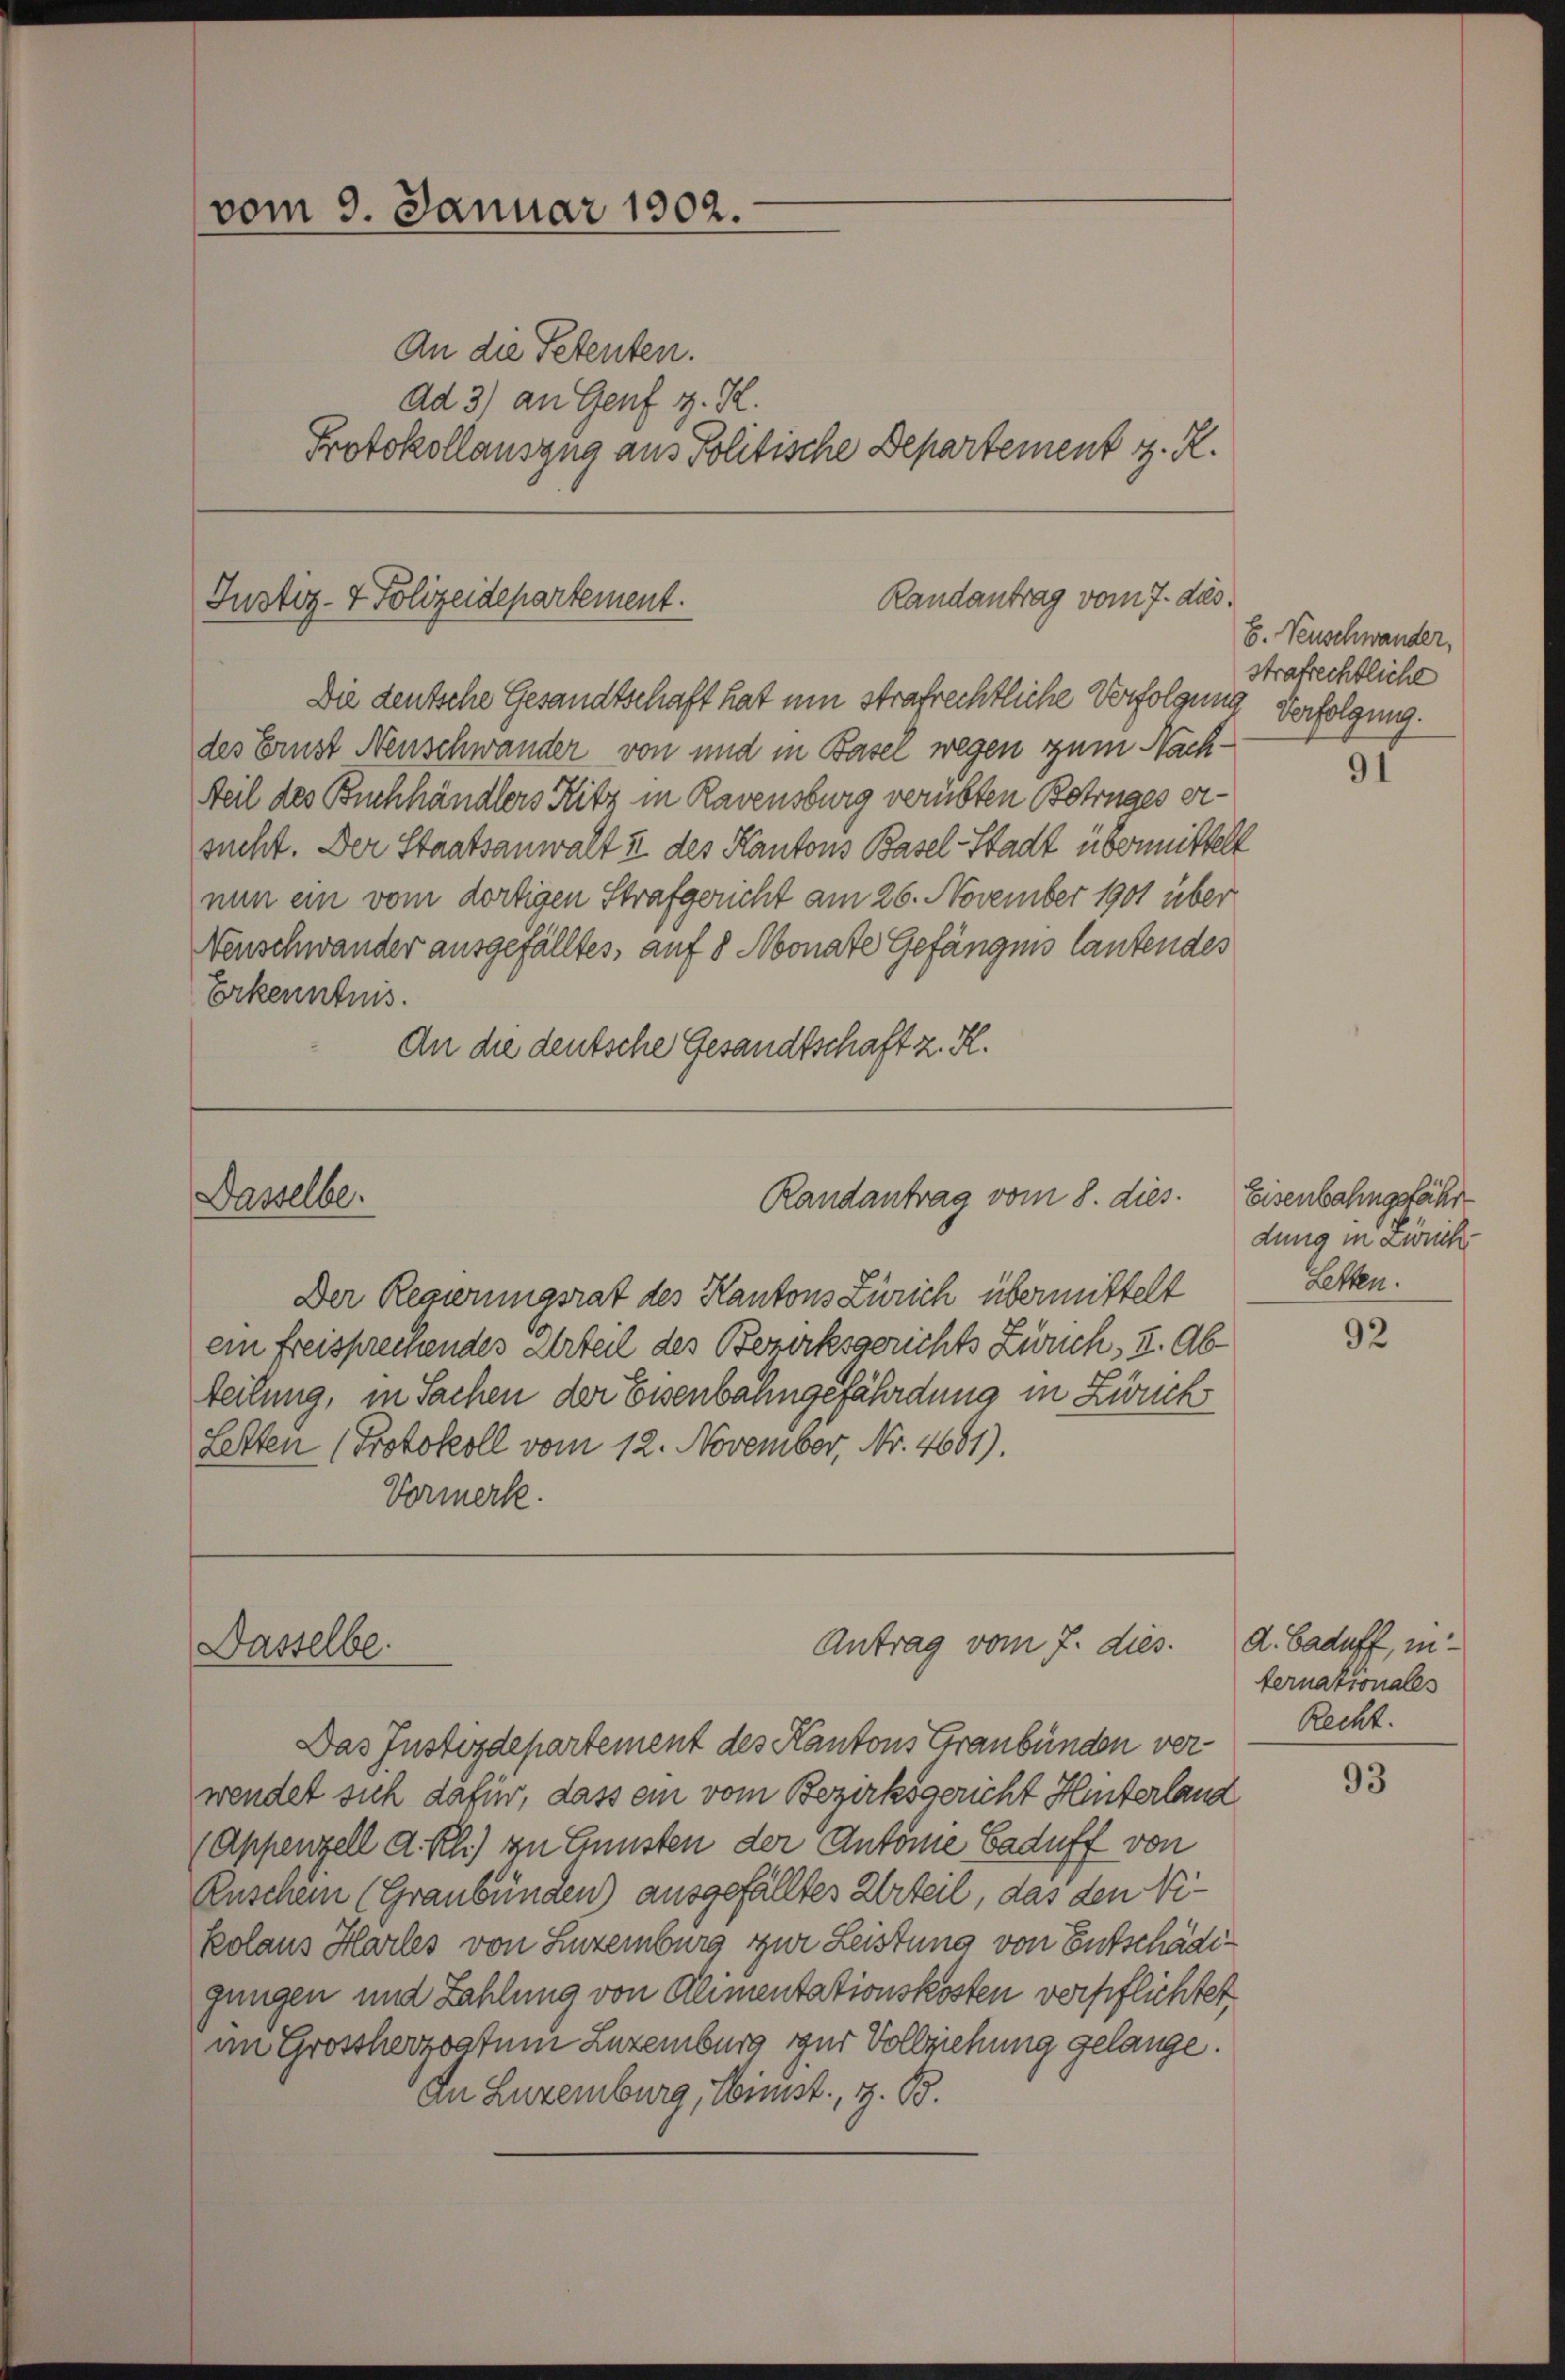
vom 9. Januar 1902.
An die Petenten.
ad 31 an Genf z. R.
Protokollauszug aus Politische Departement z. R.

Randantrag vom 7. dies
Justiz- & Polizeidepartement.

Randantrag vom 8. dies.
Dasselbe.

Antrag vom 7. dies.
Dasselbe.

Die deutsche Gesandtschaft hat um strafrechtliche Verfolgung Verfolgung.
des Ernst Neuschwander von und in Basel wegen zum Nach¬
Teil des Buchhändlers Ritz in Ravensburg verübten Betruges ersucht. Der Staatsanwalt & des Kantons Basel-Stadt übermittelt
nun ein vom dortigen Strafgericht am 26. November 1901 über
Neuschwander ausgefälltes, auf 8 Monate Gefängnis lautendes
Erkenntnis.
An die deutsche Gesandtschaft z. R.

Der Regierungsrat des Kantons Zürich übermittelt
ein freisprechendes Urteil des Bezirksgerichts Zürich, u. Abteilung, in Sachen der Eisenbahngefährdung in Zweck
Letten Protokoll vom 12. November, Nr. 4601).
Vormerk.

Das Justizdepartement des Kantons Graubünden verwendet sich dafür, dass ein vom Bezirksgericht Hinterlang
(Appenzell d. R.) an Gunsten der Antone Baduff von
Ruschen (Graubünden) ausgefälltes Urteil, das den Nikolaus Harles von Luxemburg zur Leistung von Entschädigungen und Zahlung von Alimentationskosten verpflichtet.
im Großherzogtum Luxemburg zur Vollziehung gelange.
In Luxemburg, Kunst, z. B.

E. Venschwander,
strafrechtliche

91

Eisenbahngefähr
dung in Zürich
Letten.

92

A. Baduff, in
ternationales
Recht.

93